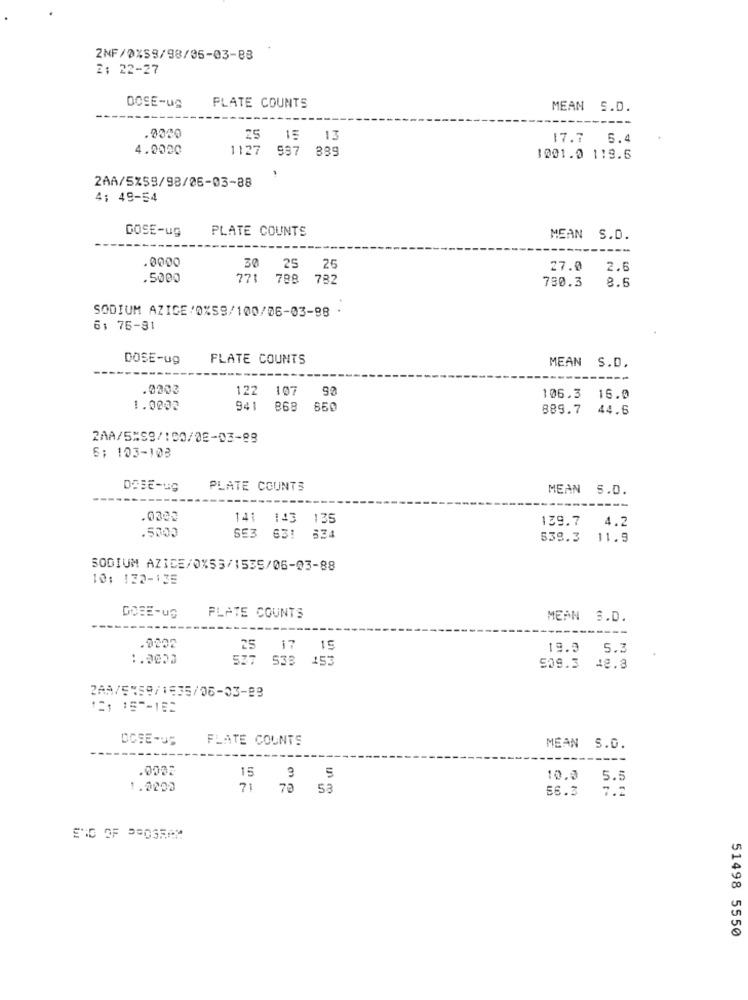
2NF/0%S9/98/05-03-88
2: 22-27
DOSE-ug
PLATE COUNTS
MEAN S.D.
.0040
25 15 13
17.7 5.4
4.0020
1127
997 889
1001.0 119.6
2AA/5%59/98/26-03-88
4: 49-54
GOSE-ug
PLATE COUNTS
MEAN S.D.
.0000
30
25
25
27.0
2.6
.5000
771 788 782
730.3
8.5
SODIUM AZICE/0%S9/100/06-03-98 .
6: 76-81
DOSE-ug
FLATE COUNTS
MEAN S.D.
.0003
122
107
106.3 16.0
1.0003
941
868
650
889.7 44.6
2AA/5%59/100/08-03-88
S: 103-103
DOSE-ug
PLATE COUNTS
MEAN S.D.
.0300
141
143
135
139.7
4.2
.5000
SE3 63! 634
538.3 11.9
SODIUM AZICE/0%55/1535/06-03-88
10: 132-135
GOEE-US
PLATE COUNTS
MEAN S.D.
.0002
25 17 15
19.9
5.3
1.0000
538 153
509.3
48.8
2AA/5159/1535/06-03-88
131 157-182
DOSE-US
FLATE COUNTS
MEAN S.D.
.0002
15 3 5
10.0
5.5
1.0200
71 70 53
56.3
7.7
51498 5550